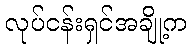
လုပ်ငန်းရှင်အချို့က